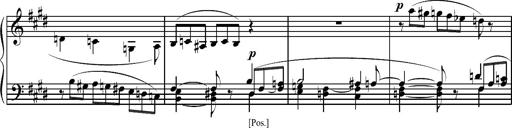
Title: Pilgerchor aus TannhÃ¤user
Composer: Franz Liszt